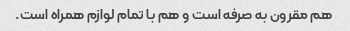
هم مقرون به صرفه است و هم با تمام لوازم همراه است.